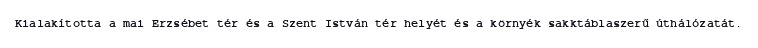
Kialakította a mai Erzsébet tér és a Szent István tér helyét és a környék sakktáblaszerű úthálózatát.